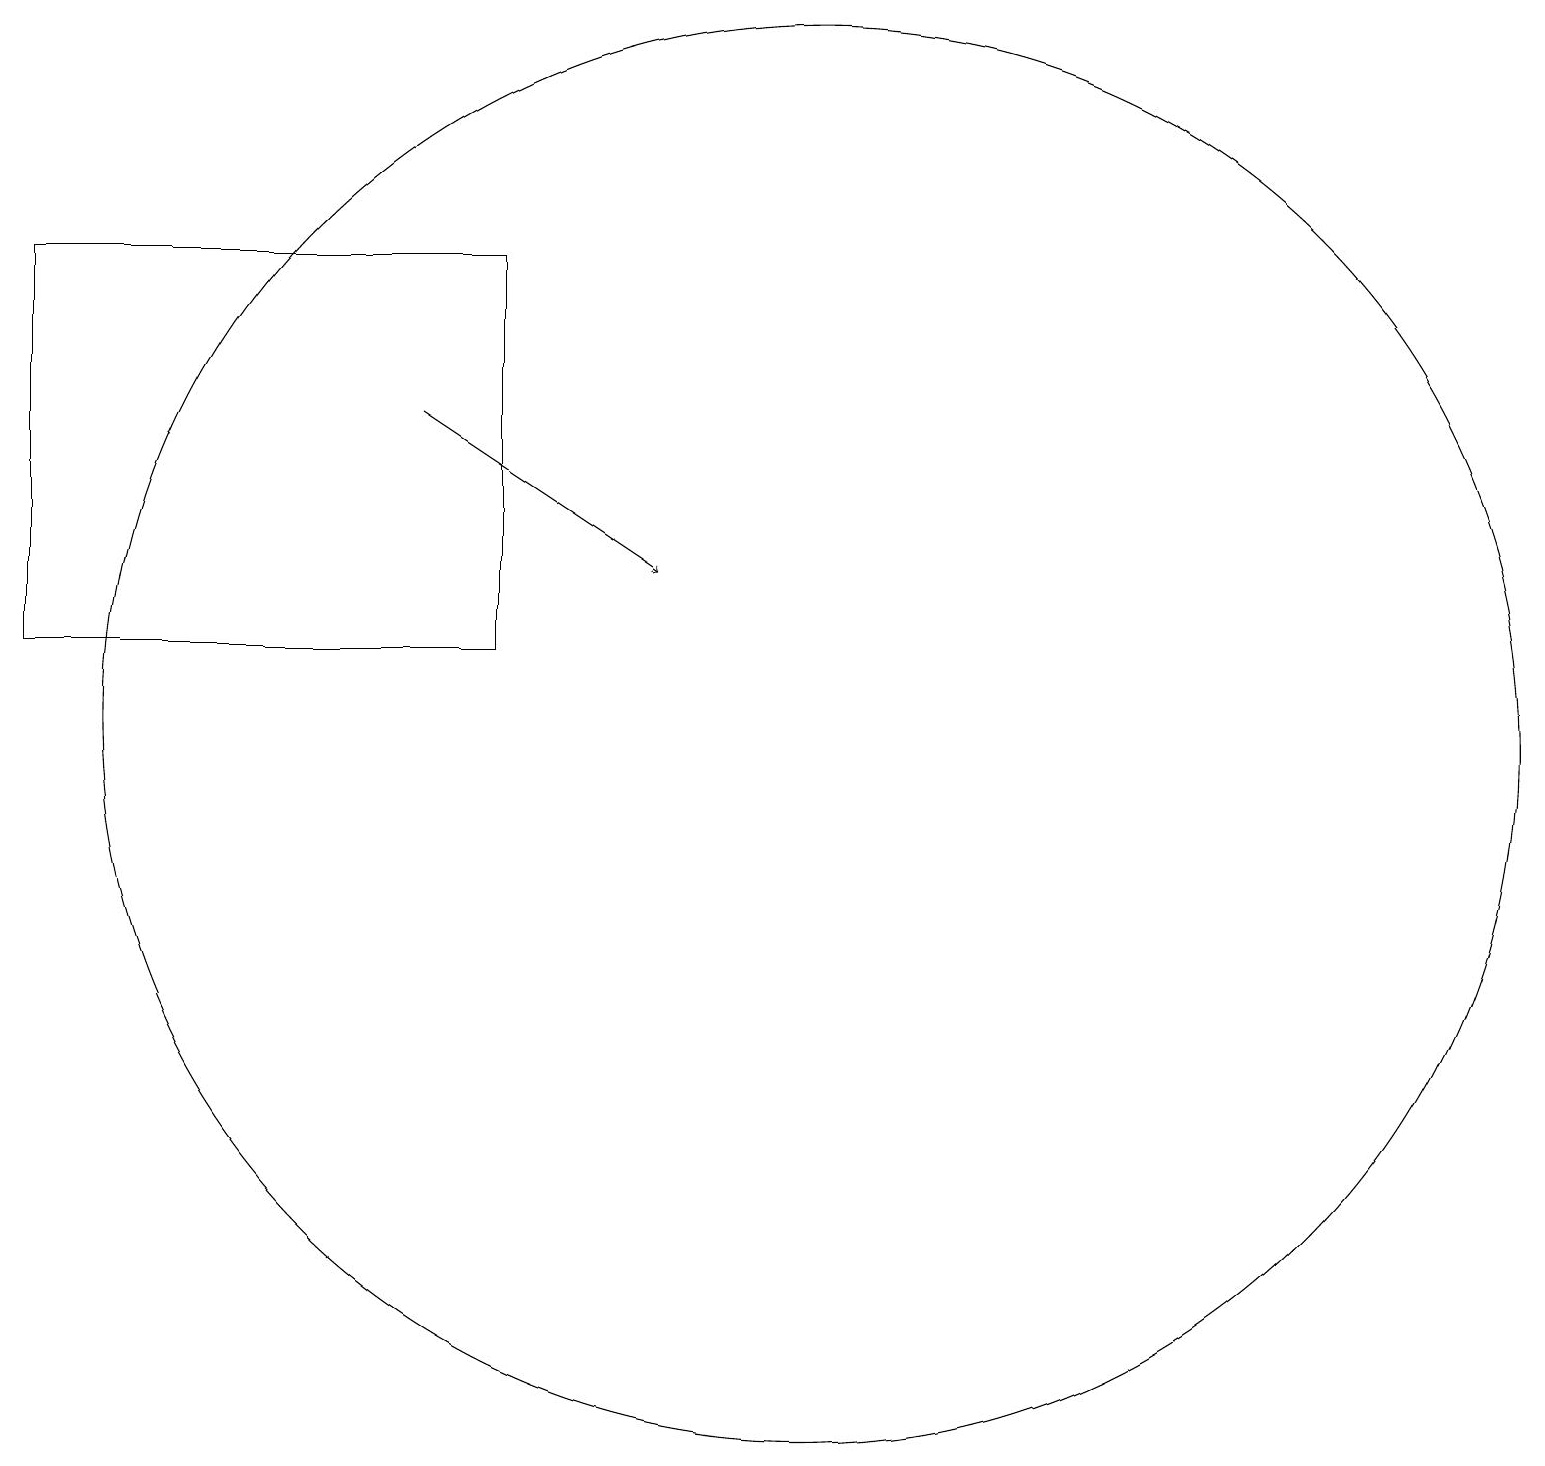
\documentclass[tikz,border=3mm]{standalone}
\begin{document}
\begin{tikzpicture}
\draw (10,11) circle (9);
\draw[->] (5,15) -- (8,13);
\draw (0,17) rectangle (6,12);
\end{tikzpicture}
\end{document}